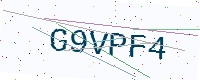
Text: G9VPF4